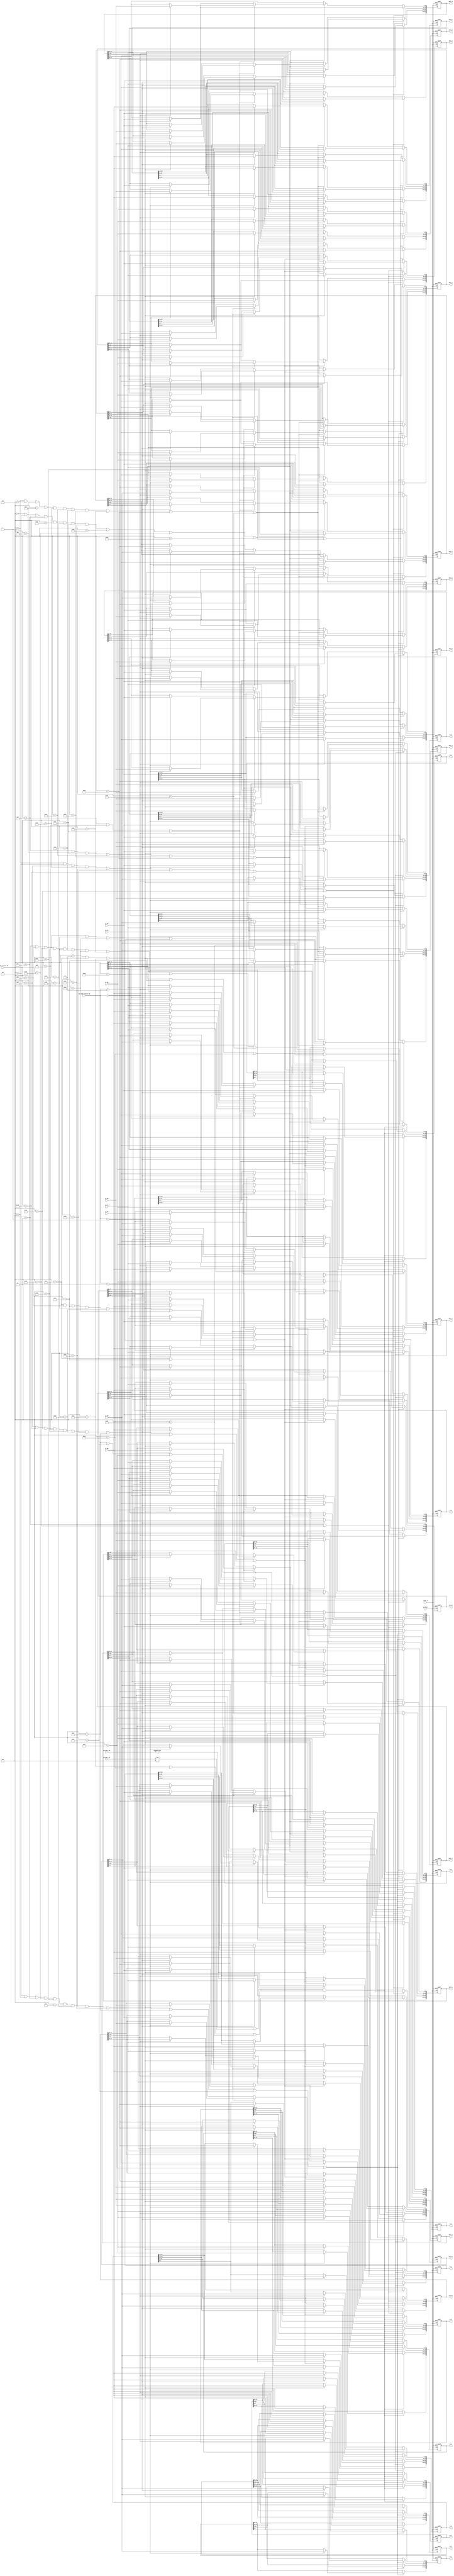
module DF_reg_ctrl (gclk_DF,reset_n,DF_edge_counter_MW,one_edge_counter_MW,
	mb_num_h_DF,mb_num_v_DF,q0_MW,q1_MW,q2_MW,q3_MW,p0_MW,p1_MW,p2_MW,p3_MW,
	buf0_0,buf0_1,buf0_2,buf0_3,buf1_0,buf1_1,buf1_2,buf1_3,
	buf2_0,buf2_1,buf2_2,buf2_3,buf3_0,buf3_1,buf3_2,buf3_3,
	t0_0,t0_1,t0_2,t0_3,t1_0,t1_1,t1_2,t1_3,t2_0,t2_1,t2_2,t2_3);
	input gclk_DF,reset_n;
	input [5:0] DF_edge_counter_MW;
	input [1:0] one_edge_counter_MW;
	input [3:0] mb_num_h_DF;
	input [3:0] mb_num_v_DF;
	input [7:0] q0_MW,q1_MW,q2_MW,q3_MW;
	input [7:0] p0_MW,p1_MW,p2_MW,p3_MW;
	
	output [31:0] buf0_0,buf0_1,buf0_2,buf0_3;
	output [31:0] buf1_0,buf1_1,buf1_2,buf1_3;
	output [31:0] buf2_0,buf2_1,buf2_2,buf2_3;
	output [31:0] buf3_0,buf3_1,buf3_2,buf3_3;
	output [31:0] t0_0,t0_1,t0_2,t0_3;
	output [31:0] t1_0,t1_1,t1_2,t1_3;
	output [31:0] t2_0,t2_1,t2_2,t2_3;
	
	reg [31:0] buf0_0,buf0_1,buf0_2,buf0_3;
	reg [31:0] buf1_0,buf1_1,buf1_2,buf1_3;
	reg [31:0] buf2_0,buf2_1,buf2_2,buf2_3;
	reg [31:0] buf3_0,buf3_1,buf3_2,buf3_3;
	reg [31:0] t0_0,t0_1,t0_2,t0_3;
	reg [31:0] t1_0,t1_1,t1_2,t1_3;
	reg [31:0] t2_0,t2_1,t2_2,t2_3;
	//------------------------------------------------------
	//buf0
	//------------------------------------------------------
	wire buf0_no_transpose;	//buf0 updated without transpose
	wire buf0_transpose;		//buf0 updated after   transpose
	assign buf0_no_transpose = (
		DF_edge_counter_MW == 6'd0  || DF_edge_counter_MW == 6'd4  || DF_edge_counter_MW == 6'd6  ||
		DF_edge_counter_MW == 6'd12 || DF_edge_counter_MW == 6'd16 || DF_edge_counter_MW == 6'd20 ||
		DF_edge_counter_MW == 6'd22 || DF_edge_counter_MW == 6'd28 || DF_edge_counter_MW == 6'd32 ||
		DF_edge_counter_MW == 6'd36 || DF_edge_counter_MW == 6'd40 || DF_edge_counter_MW == 6'd44);
	assign buf0_transpose = (
		DF_edge_counter_MW == 6'd1  || DF_edge_counter_MW == 6'd5  || DF_edge_counter_MW == 6'd10 ||
		DF_edge_counter_MW == 6'd14 || DF_edge_counter_MW == 6'd17 || DF_edge_counter_MW == 6'd26 ||
		DF_edge_counter_MW == 6'd30 || DF_edge_counter_MW == 6'd33 || DF_edge_counter_MW == 6'd38 ||
		DF_edge_counter_MW == 6'd41 || DF_edge_counter_MW == 6'd46);
		
	always @ (posedge gclk_DF or negedge reset_n)
		if (reset_n == 1'b0)
			begin 
				buf0_0 <= 0;	buf0_1 <= 0;	buf0_2 <= 0;	buf0_3 <= 0;
			end
		//no transpose update,always "q" position (right or down of the edge to be filtered)
		else if (buf0_no_transpose)
			case (one_edge_counter_MW)
				2'd0:buf0_0 <= {q3_MW,q2_MW,q1_MW,q0_MW};
				2'd1:buf0_1 <= {q3_MW,q2_MW,q1_MW,q0_MW};
				2'd2:buf0_2 <= {q3_MW,q2_MW,q1_MW,q0_MW};
				2'd3:buf0_3 <= {q3_MW,q2_MW,q1_MW,q0_MW};
			endcase
		//transpose update,always "p" position (left or up of the edge to be filtered)
		else if (buf0_transpose)
			case (one_edge_counter_MW)
				2'd0:begin	buf0_0[7:0]   <= p3_MW;	buf0_1[7:0]   <= p2_MW;
							buf0_2[7:0]   <= p1_MW;	buf0_3[7:0]   <= p0_MW;	end
				2'd1:begin	buf0_0[15:8]  <= p3_MW;	buf0_1[15:8]  <= p2_MW;
							buf0_2[15:8]  <= p1_MW;	buf0_3[15:8]  <= p0_MW;	end
				2'd2:begin	buf0_0[23:16] <= p3_MW;	buf0_1[23:16] <= p2_MW;
							buf0_2[23:16] <= p1_MW;	buf0_3[23:16] <= p0_MW;	end
				2'd3:begin	buf0_0[31:24] <= p3_MW;	buf0_1[31:24] <= p2_MW;
							buf0_2[31:24] <= p1_MW;	buf0_3[31:24] <= p0_MW;	end
			endcase	
	//------------------------------------------------------
	//buf1
	//------------------------------------------------------
	wire buf1_no_transpose;	//buf1 updated without transpose
	wire buf1_transpose;		//buf1 updated after   transpose
	wire buf1_transpose_p;	//buf1 transpose and buf1 stores "p" position pixels
	assign buf1_no_transpose = ( 
		DF_edge_counter_MW == 6'd1  || DF_edge_counter_MW == 6'd8  || DF_edge_counter_MW == 6'd13 ||
		DF_edge_counter_MW == 6'd17 || DF_edge_counter_MW == 6'd24 || DF_edge_counter_MW == 6'd29 ||
		DF_edge_counter_MW == 6'd37 || DF_edge_counter_MW == 6'd45);
	assign buf1_transpose = (
		DF_edge_counter_MW == 6'd6  || DF_edge_counter_MW == 6'd10 || DF_edge_counter_MW == 6'd22 || 
		DF_edge_counter_MW == 6'd26 || DF_edge_counter_MW == 6'd33 || DF_edge_counter_MW == 6'd41);
	assign buf1_transpose_p = (DF_edge_counter_MW == 6'd6  || DF_edge_counter_MW == 6'd9  
							|| DF_edge_counter_MW == 6'd22);
	always @ (posedge gclk_DF or negedge reset_n)
		if (reset_n == 1'b0)
			begin 
				buf1_0 <= 0;	buf1_1 <= 0;	buf1_2 <= 0;	buf1_3 <= 0;
			end
		//no transpose update,always "q" position (right or down of the edge to be filtered)
		else if (buf1_no_transpose)
			case (one_edge_counter_MW)
				2'd0:buf1_0 <= {q3_MW,q2_MW,q1_MW,q0_MW};
				2'd1:buf1_1 <= {q3_MW,q2_MW,q1_MW,q0_MW};
				2'd2:buf1_2 <= {q3_MW,q2_MW,q1_MW,q0_MW};
				2'd3:buf1_3 <= {q3_MW,q2_MW,q1_MW,q0_MW};
			endcase
		//transpose update,"p":6/9/22,"q":10,26,33,41
		else if (buf1_transpose)
			begin 
				if (buf1_transpose_p)	// edge 6,22  "p"
					case (one_edge_counter_MW)
						2'd0:begin	buf1_0[7:0]   <= p3_MW;	buf1_1[7:0]   <= p2_MW;
									buf1_2[7:0]   <= p1_MW;	buf1_3[7:0]   <= p0_MW;	end
						2'd1:begin	buf1_0[15:8]  <= p3_MW;	buf1_1[15:8]  <= p2_MW;
									buf1_2[15:8]  <= p1_MW;	buf1_3[15:8]  <= p0_MW;	end
						2'd2:begin	buf1_0[23:16] <= p3_MW;	buf1_1[23:16] <= p2_MW;
									buf1_2[23:16] <= p1_MW;	buf1_3[23:16] <= p0_MW;	end
						2'd3:begin	buf1_0[31:24] <= p3_MW;	buf1_1[31:24] <= p2_MW;
									buf1_2[31:24] <= p1_MW;	buf1_3[31:24] <= p0_MW;	end
					endcase
				else					//edge 10,26,33,41  "q"
					case (one_edge_counter_MW)
						2'd0:begin	buf1_0[7:0]   <= q0_MW;	buf1_1[7:0]   <= q1_MW;
									buf1_2[7:0]   <= q2_MW;	buf1_3[7:0]   <= q3_MW;	end
						2'd1:begin	buf1_0[15:8]  <= q0_MW;	buf1_1[15:8]  <= q1_MW;
									buf1_2[15:8]  <= q2_MW;	buf1_3[15:8]  <= q3_MW;	end
						2'd2:begin	buf1_0[23:16] <= q0_MW;	buf1_1[23:16] <= q1_MW;
									buf1_2[23:16] <= q2_MW;	buf1_3[23:16] <= q3_MW;	end
						2'd3:begin	buf1_0[31:24] <= q0_MW;	buf1_1[31:24] <= q1_MW;
									buf1_2[31:24] <= q2_MW;	buf1_3[31:24] <= q3_MW;	end
					endcase
			end
	//------------------------------------------------------
	//buf2
	//------------------------------------------------------
	wire buf2_no_transpose;	//buf2 updated without transpose
	wire buf2_transpose;		//buf2 updated after   transpose
	wire buf2_transpose_p;	//buf2 transpose and buf2 stores "p" position pixels
	assign buf2_no_transpose = ( 
		DF_edge_counter_MW == 6'd2  || DF_edge_counter_MW == 6'd7  || DF_edge_counter_MW == 6'd18 ||
		DF_edge_counter_MW == 6'd23 || DF_edge_counter_MW == 6'd34 || DF_edge_counter_MW == 6'd42);
	assign buf2_transpose = (
		DF_edge_counter_MW == 6'd3  || DF_edge_counter_MW == 6'd11 || DF_edge_counter_MW == 6'd19 ||
		DF_edge_counter_MW == 6'd21 || DF_edge_counter_MW == 6'd27 || DF_edge_counter_MW == 6'd30 ||
		DF_edge_counter_MW == 6'd35 || DF_edge_counter_MW == 6'd38 || DF_edge_counter_MW == 6'd43 ||
		DF_edge_counter_MW == 6'd46);
	assign buf2_transpose_p = (DF_edge_counter_MW == 6'd3  || DF_edge_counter_MW == 6'd11  
							|| DF_edge_counter_MW == 6'd19 || DF_edge_counter_MW == 6'd27
							|| DF_edge_counter_MW == 6'd35 || DF_edge_counter_MW == 6'd43);
	always @ (posedge gclk_DF or negedge reset_n)
		if (reset_n == 1'b0)
			begin 
				buf2_0 <= 0;	buf2_1 <= 0;	buf2_2 <= 0;	buf2_3 <= 0;
			end
		//no transpose update,always "q" position (right or down of the edge to be filtered)
		else if (buf2_no_transpose)
			case (one_edge_counter_MW)
				2'd0:buf2_0 <= {q3_MW,q2_MW,q1_MW,q0_MW};
				2'd1:buf2_1 <= {q3_MW,q2_MW,q1_MW,q0_MW};
				2'd2:buf2_2 <= {q3_MW,q2_MW,q1_MW,q0_MW};
				2'd3:buf2_3 <= {q3_MW,q2_MW,q1_MW,q0_MW};
			endcase
		//transpose update,"p":3,11,19,27,35,43  "q":21,30,38,46
		else if (buf2_transpose)
			begin 
				if (buf2_transpose_p)	//"p":3,11,19,27,35,43
					case (one_edge_counter_MW)
						2'd0:begin	buf2_0[7:0]   <= p3_MW;	buf2_1[7:0]   <= p2_MW;
									buf2_2[7:0]   <= p1_MW;	buf2_3[7:0]   <= p0_MW;	end
						2'd1:begin	buf2_0[15:8]  <= p3_MW;	buf2_1[15:8]  <= p2_MW;
									buf2_2[15:8]  <= p1_MW;	buf2_3[15:8]  <= p0_MW;	end
						2'd2:begin	buf2_0[23:16] <= p3_MW;	buf2_1[23:16] <= p2_MW;
									buf2_2[23:16] <= p1_MW;	buf2_3[23:16] <= p0_MW;	end
						2'd3:begin	buf2_0[31:24] <= p3_MW;	buf2_1[31:24] <= p2_MW;
									buf2_2[31:24] <= p1_MW;	buf2_3[31:24] <= p0_MW;	end
					endcase
				else					//"q":21,30,38,46
					case (one_edge_counter_MW)
						2'd0:begin	buf2_0[7:0]   <= q0_MW;	buf2_1[7:0]   <= q1_MW;
									buf2_2[7:0]   <= q2_MW;	buf2_3[7:0]   <= q3_MW;	end
						2'd1:begin	buf2_0[15:8]  <= q0_MW;	buf2_1[15:8]  <= q1_MW;
									buf2_2[15:8]  <= q2_MW;	buf2_3[15:8]  <= q3_MW;	end
						2'd2:begin	buf2_0[23:16] <= q0_MW;	buf2_1[23:16] <= q1_MW;
									buf2_2[23:16] <= q2_MW;	buf2_3[23:16] <= q3_MW;	end
						2'd3:begin	buf2_0[31:24] <= q0_MW;	buf2_1[31:24] <= q1_MW;
									buf2_2[31:24] <= q2_MW;	buf2_3[31:24] <= q3_MW;	end
					endcase
			end	
	//------------------------------------------------------
	//buf3
	//------------------------------------------------------
	wire buf3_no_transpose;	//buf3 updated without transpose
	wire buf3_transpose;		//buf3 updated after   transpose
	wire buf3_transpose_p;	//buf3 transpose and buf1 stores "p" position pixels
	assign buf3_no_transpose = (DF_edge_counter_MW == 6'd3  || DF_edge_counter_MW == 6'd19);
	assign buf3_transpose = (	DF_edge_counter_MW == 6'd7  || 
		DF_edge_counter_MW == 6'd11 || DF_edge_counter_MW == 6'd23 || DF_edge_counter_MW == 6'd27 || 
		DF_edge_counter_MW == 6'd25 || DF_edge_counter_MW == 6'd35 || DF_edge_counter_MW == 6'd43);
	assign buf3_transpose_p = (DF_edge_counter_MW == 6'd7  || DF_edge_counter_MW == 6'd23);  
	always @ (posedge gclk_DF or negedge reset_n)
		if (reset_n == 1'b0)
			begin 
				buf3_0 <= 0;	buf3_1 <= 0;	buf3_2 <= 0;	buf3_3 <= 0;
			end
		//no transpose update,always "q" position (right or down of the edge to be filtered)
		else if (buf3_no_transpose)
			case (one_edge_counter_MW)
				2'd0:buf3_0 <= {q3_MW,q2_MW,q1_MW,q0_MW};
				2'd1:buf3_1 <= {q3_MW,q2_MW,q1_MW,q0_MW};
				2'd2:buf3_2 <= {q3_MW,q2_MW,q1_MW,q0_MW};
				2'd3:buf3_3 <= {q3_MW,q2_MW,q1_MW,q0_MW};
			endcase
		//transpose update,"p":7,23  "q":11,25,27,35,43
		else if (buf3_transpose)
			begin 
				if (buf3_transpose_p)	//"p":7,23
					case (one_edge_counter_MW)
						2'd0:begin	buf3_0[7:0]   <= p3_MW;	buf3_1[7:0]   <= p2_MW;
									buf3_2[7:0]   <= p1_MW;	buf3_3[7:0]   <= p0_MW;	end
						2'd1:begin	buf3_0[15:8]  <= p3_MW;	buf3_1[15:8]  <= p2_MW;
									buf3_2[15:8]  <= p1_MW;	buf3_3[15:8]  <= p0_MW;	end
						2'd2:begin	buf3_0[23:16] <= p3_MW;	buf3_1[23:16] <= p2_MW;
									buf3_2[23:16] <= p1_MW;	buf3_3[23:16] <= p0_MW;	end
						2'd3:begin	buf3_0[31:24] <= p3_MW;	buf3_1[31:24] <= p2_MW;
									buf3_2[31:24] <= p1_MW;	buf3_3[31:24] <= p0_MW;	end
					endcase
				else					//"q":11,25,35,43
					case (one_edge_counter_MW)
						2'd0:begin	buf3_0[7:0]   <= q0_MW;	buf3_1[7:0]   <= q1_MW;
									buf3_2[7:0]   <= q2_MW;	buf3_3[7:0]   <= q3_MW;	end
						2'd1:begin	buf3_0[15:8]  <= q0_MW;	buf3_1[15:8]  <= q1_MW;
									buf3_2[15:8]  <= q2_MW;	buf3_3[15:8]  <= q3_MW;	end
						2'd2:begin	buf3_0[23:16] <= q0_MW;	buf3_1[23:16] <= q1_MW;
									buf3_2[23:16] <= q2_MW;	buf3_3[23:16] <= q3_MW;	end
						2'd3:begin	buf3_0[31:24] <= q0_MW;	buf3_1[31:24] <= q1_MW;
									buf3_2[31:24] <= q2_MW;	buf3_3[31:24] <= q3_MW;	end
					endcase
			end
	//------------------------------------------------------
	//T0:always updated after transpose,always "p" position
	//------------------------------------------------------
	wire t0_transpose;		//t0 updated after transpose
	assign t0_transpose = (
	DF_edge_counter_MW == 6'd4  || DF_edge_counter_MW == 6'd8  || DF_edge_counter_MW == 6'd12 || DF_edge_counter_MW == 6'd36 || 
	DF_edge_counter_MW == 6'd44 || DF_edge_counter_MW == 6'd15 || DF_edge_counter_MW == 6'd20 || DF_edge_counter_MW == 6'd24 || 
	DF_edge_counter_MW == 6'd28 || DF_edge_counter_MW == 6'd31 || DF_edge_counter_MW == 6'd39 || DF_edge_counter_MW == 6'd47);

	always @ (posedge gclk_DF or negedge reset_n)
		if (reset_n == 1'b0)
			begin 
				t0_0 <= 0;	t0_1 <= 0;	t0_2 <= 0;	t0_3 <= 0;
			end
		//always transpose update for "p" position
		else if (t0_transpose)
			case (one_edge_counter_MW)
				2'd0:begin	t0_0[7:0]   <= p3_MW;	t0_1[7:0]   <= p2_MW;
							t0_2[7:0]   <= p1_MW;	t0_3[7:0]   <= p0_MW;	end
				2'd1:begin	t0_0[15:8]  <= p3_MW;	t0_1[15:8]  <= p2_MW;
							t0_2[15:8]  <= p1_MW;	t0_3[15:8]  <= p0_MW;	end
				2'd2:begin	t0_0[23:16] <= p3_MW;	t0_1[23:16] <= p2_MW;
							t0_2[23:16] <= p1_MW;	t0_3[23:16] <= p0_MW;	end
				2'd3:begin	t0_0[31:24] <= p3_MW;	t0_1[31:24] <= p2_MW;
							t0_2[31:24] <= p1_MW;	t0_3[31:24] <= p0_MW;	end
			endcase
	//------------------------------------------------------
	//T1:always updated after transpose
	//------------------------------------------------------
	wire t1_transpose;		//t1 updated after   transpose
	wire t1_transpose_q;	//t1 transpose and t1 stores "q" position pixels
	assign t1_transpose = (
	DF_edge_counter_MW == 6'd13 || DF_edge_counter_MW == 6'd37 || DF_edge_counter_MW == 6'd45 || DF_edge_counter_MW == 6'd9  || 
	DF_edge_counter_MW == 6'd21 || DF_edge_counter_MW == 6'd25 || DF_edge_counter_MW == 6'd29 || DF_edge_counter_MW == 6'd31 || 
	DF_edge_counter_MW == 6'd39 || DF_edge_counter_MW == 6'd47);
	
	assign t1_transpose_q = (DF_edge_counter_MW == 6'd31 || DF_edge_counter_MW == 6'd39 || 
							 DF_edge_counter_MW == 6'd47);
	always @ (posedge gclk_DF or negedge reset_n)
		if (reset_n == 1'b0)
			begin 
				t1_0 <= 0;	t1_1 <= 0;	t1_2 <= 0;	t1_3 <= 0;
			end
		else if (t1_transpose && !t1_transpose_q)	//t1 transpose "p"
			case (one_edge_counter_MW)
				2'd0:begin	t1_0[7:0]   <= p3_MW;	t1_1[7:0]   <= p2_MW;
							t1_2[7:0]   <= p1_MW;	t1_3[7:0]   <= p0_MW;	end
				2'd1:begin	t1_0[15:8]  <= p3_MW;	t1_1[15:8]  <= p2_MW;
							t1_2[15:8]  <= p1_MW;	t1_3[15:8]  <= p0_MW;	end
				2'd2:begin	t1_0[23:16] <= p3_MW;	t1_1[23:16] <= p2_MW;
							t1_2[23:16] <= p1_MW;	t1_3[23:16] <= p0_MW;	end
				2'd3:begin	t1_0[31:24] <= p3_MW;	t1_1[31:24] <= p2_MW;
							t1_2[31:24] <= p1_MW;	t1_3[31:24] <= p0_MW;	end
			endcase
		else if (t1_transpose)						//t1 transpose "q"
			case (one_edge_counter_MW)
				2'd0:begin	t1_0[7:0]   <= q0_MW;	t1_1[7:0]   <= q1_MW;
							t1_2[7:0]   <= q2_MW;	t1_3[7:0]   <= q3_MW;	end
				2'd1:begin	t1_0[15:8]  <= q0_MW;	t1_1[15:8]  <= q1_MW;
							t1_2[15:8]  <= q2_MW;	t1_3[15:8]  <= q3_MW;	end
				2'd2:begin	t1_0[23:16] <= q0_MW;	t1_1[23:16] <= q1_MW;
							t1_2[23:16] <= q2_MW;	t1_3[23:16] <= q3_MW;	end
				2'd3:begin	t1_0[31:24] <= q0_MW;	t1_1[31:24] <= q1_MW;
							t1_2[31:24] <= q2_MW;	t1_3[31:24] <= q3_MW;	end
			endcase
	//--------------------------------------------------------------------
	//T2:only used after filter edge 18/34/42 to update mbAddrB of left MB
	//-------------------------------------------------------------------- 
	wire t2_wr;
	assign t2_wr = ((mb_num_h_DF != 0 && mb_num_v_DF != 4'd8) && 
	(DF_edge_counter_MW == 6'd18 || DF_edge_counter_MW == 6'd34 || DF_edge_counter_MW == 6'd42));
	always @ (posedge gclk_DF or negedge reset_n)
		if (reset_n == 1'b0)
			begin
				t2_0 <= 0;	t2_1 <= 0;	t2_2 <= 0;	t2_3 <= 0;
			end
		else if (t2_wr)
			case (one_edge_counter_MW)
				2'd0:begin	t2_0[7:0]   <= p3_MW;	t2_1[7:0]   <= p2_MW;
							t2_2[7:0]   <= p1_MW;	t2_3[7:0]   <= p0_MW;	end
				2'd1:begin	t2_0[15:8]  <= p3_MW;	t2_1[15:8]  <= p2_MW;
							t2_2[15:8]  <= p1_MW;	t2_3[15:8]  <= p0_MW;	end
				2'd2:begin	t2_0[23:16] <= p3_MW;	t2_1[23:16] <= p2_MW;
							t2_2[23:16] <= p1_MW;	t2_3[23:16] <= p0_MW;	end
				2'd3:begin	t2_0[31:24] <= p3_MW;	t2_1[31:24] <= p2_MW;
							t2_2[31:24] <= p1_MW;	t2_3[31:24] <= p0_MW;	end
			endcase
endmodule